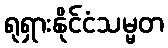
ရုရှားနိုင်ငံသမ္မတ